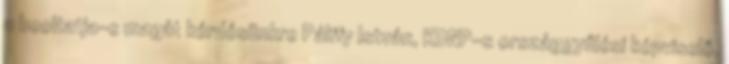
a beoltatja-e magát kérdésünkre Pálffy István, KDNP-s országgyűlési képviselő,